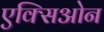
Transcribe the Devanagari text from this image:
एक्सिओन